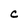
Character: C